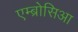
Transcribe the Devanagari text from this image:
एम्ब्रोसिआ